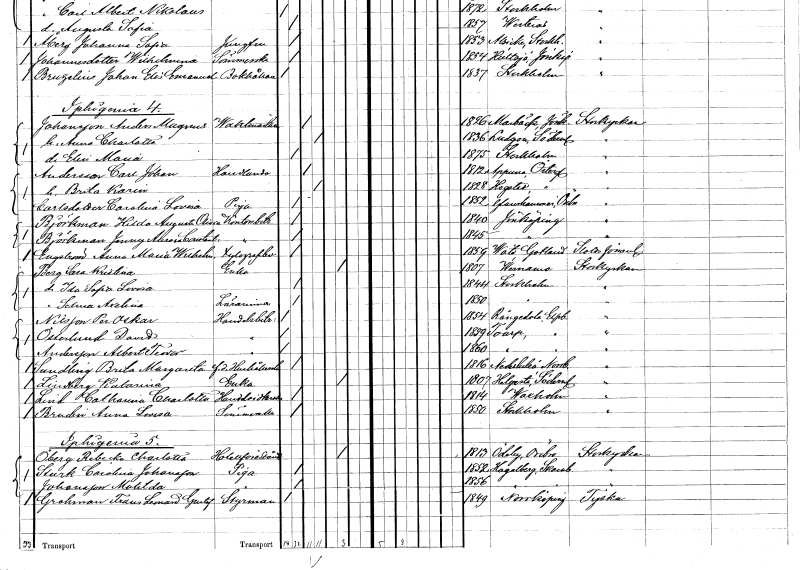
gt_parse: households: individuals: FN: Carl Johan
EN: Andersson
YRKE: Handlande
KON: M
CIV: G
FODAR: 1812
FODFORS: Appuna Östergötlands län
FN: Brita Karin
KON: K
CIV: G
FODAR: 1828
FODFORS: Hogstad Östergötlands län
FN: Carolina Lovisa
EN: Carlsdotter
YRKE: Piga
KON: K
CIV: O
FODAR: 1852
FODFORS: Glanshammar Örebro län
FN: Hilda Augusta Olivia
EN: Björkman
YRKE: Kontorsbiträde
KON: K
CIV: O
FODAR: 1840
FODFORS: Jönköping Jönköpings län
FN: Jenny Aurora Constantia
EN: Björkman
YRKE: Kontorsbiträde
KON: K
CIV: O
FODAR: 1845
FODFORS: Jönköping Jönköpings län
FN: Anna Maria Wilhelmina
EN: Engström
YRKE: Telegrafbiträde
KON: K
CIV: O
FODAR: 1859
FODFORS: Väte Gotlands län
FN: Sara Kristina
EN: Berg
YRKE: Änka
KON: K
CIV: E
FODAR: 1807
FODFORS: Värnamo Jönköpings län
FN: Ida Sofia Lovisa
KON: K
CIV: O
FODAR: 1844
FODFORS: Stockholm
FN: Selma Axelina
YRKE: Lärarinna
KON: K
CIV: O
FODAR: 1850
FODFORS: Stockholm
FN: Per Oskar
EN: Nilsson
YRKE: Handelsbiträde
KON: M
CIV: O
FODAR: 1854
FODFORS: Rångedala Älvsborgs län
FN: David
EN: Österlund
YRKE: Handelsbiträde
KON: M
CIV: O
FODAR: 1859
FODFORS: Toarp Älvsborgs län
FN: Albert Teodor
EN: Andersson
YRKE: Handelsbiträde
KON: M
CIV: O
FODAR: 1860
FODFORS: Toarp Älvsborgs län
FN: Brita Margareta
EN: Sundling
YRKE: Hushållerska f.d.
KON: K
CIV: O
FODAR: 1816
FODFORS: Nederluleå Norrbottens län
FN: Katarina
EN: Lindberg
YRKE: Änka
KON: K
CIV: E
FODAR: 1807
FODFORS: Helgesta Södermanlands län
FN: Catharina Charlotta
EN: Lind
YRKE: Handelsidkerska
KON: K
CIV: O
FODAR: 1814
FODFORS: Vaxholm Stockholms län
FN: Anna Lovisa
EN: Brudin
YRKE: Sömmerska
KON: K
CIV: O
FODAR: 1850
FODFORS: Stockholm
FN: Rebecka Charlotta
EN: Öberg
YRKE: Hotellföreståndarinna
KON: K
CIV: E
FODAR: 1813
FODFORS: Ödeby Örebro län
FN: Carolina
EN: Sturk Johansson
YRKE: Piga
KON: K
CIV: O
FODAR: 1852
FODFORS: Hagelberg Skaraborgs län
FN: Matilda
EN: Johansson
YRKE: Piga
KON: K
CIV: O
FODAR: 1856
FODFORS: Hagelberg Skaraborgs län
FN: Frans Leonard Gustaf
EN: Grahman
YRKE: Styrman
KON: M
CIV: O
FODAR: 1849
FODFORS: Norrköping Östergötlands län